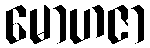
မောဟဇာ